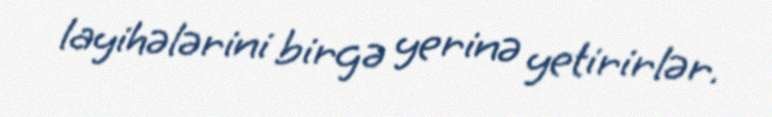
layihələrini birgə yerinə yetirirlər.